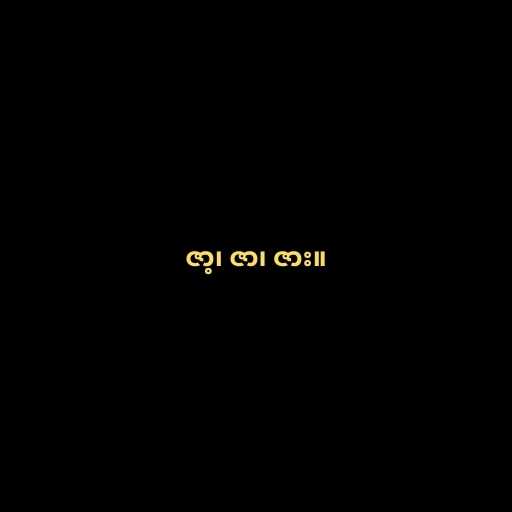
ဇာ့၊ ဇာ၊ ဇား။